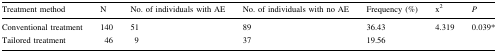
| Treatment method | N | No. of individuals with AE | No. of individuals with no AE | Frequency (%) | x2 | P |
 | --- | --- | --- | --- | --- | --- | --- |
 | Conventional treatment | 140 | 51 | 89 | 36.43 | 4.319 | 0.039* |
 | Tailored treatment | 46 | 9 | 37 | 19.56 |  |  |